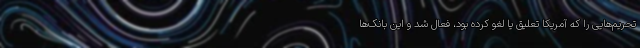
تحریم‌هایی را که آمریکا تعلیق یا لغو کرده بود، فعال شد و این بانک‌ها